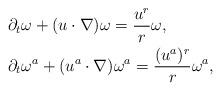
LaTeX: \begin{align*}&\partial_t \omega + (u\cdot \nabla) \omega = \frac{u^r} r \omega,\\&\partial_t \omega^a + (u^a \cdot \nabla) \omega^a = \frac{(u^a)^r} r \omega^a,\end{align*}